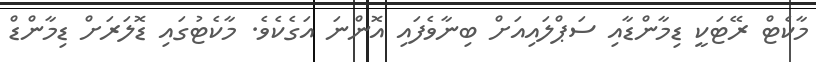
މާކެޓް ރޭޓަކީ ޑިމާންޑާއި ސަޕްލައިއަށް ބިނާވެފައި އޮންނަ އަގެކެވެ. މާކެޓުގައި ޑޮލަރަށް ޑިމާންޑް